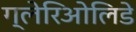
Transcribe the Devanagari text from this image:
ग्लेरिओलिडे